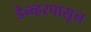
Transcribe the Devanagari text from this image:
डेन्व्हरपासून